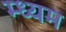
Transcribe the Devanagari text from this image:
म्ध्यम